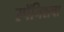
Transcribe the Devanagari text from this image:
स्पॅनिशचा